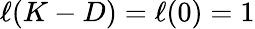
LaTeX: \ell(K-D)=\ell(0)=1